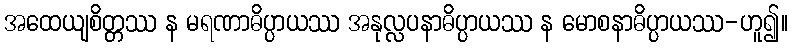
အထေယျစိတ္တဿ န မရဏာဓိပ္ပာယဿ အနုလ္လပနာဓိပ္ပာယဿ န မောစနာဓိပ္ပာယဿ-ဟူ၍။